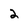
Character: 2